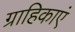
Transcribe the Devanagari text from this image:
ग्राहिकाएं